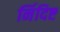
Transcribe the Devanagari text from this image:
र्निदिष्ट